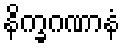
နိက္ခဂဏာနံ